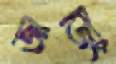
জাজিং